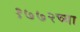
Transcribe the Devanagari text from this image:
१७७२च्या